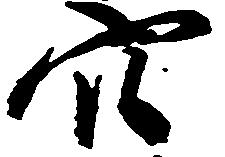
穴